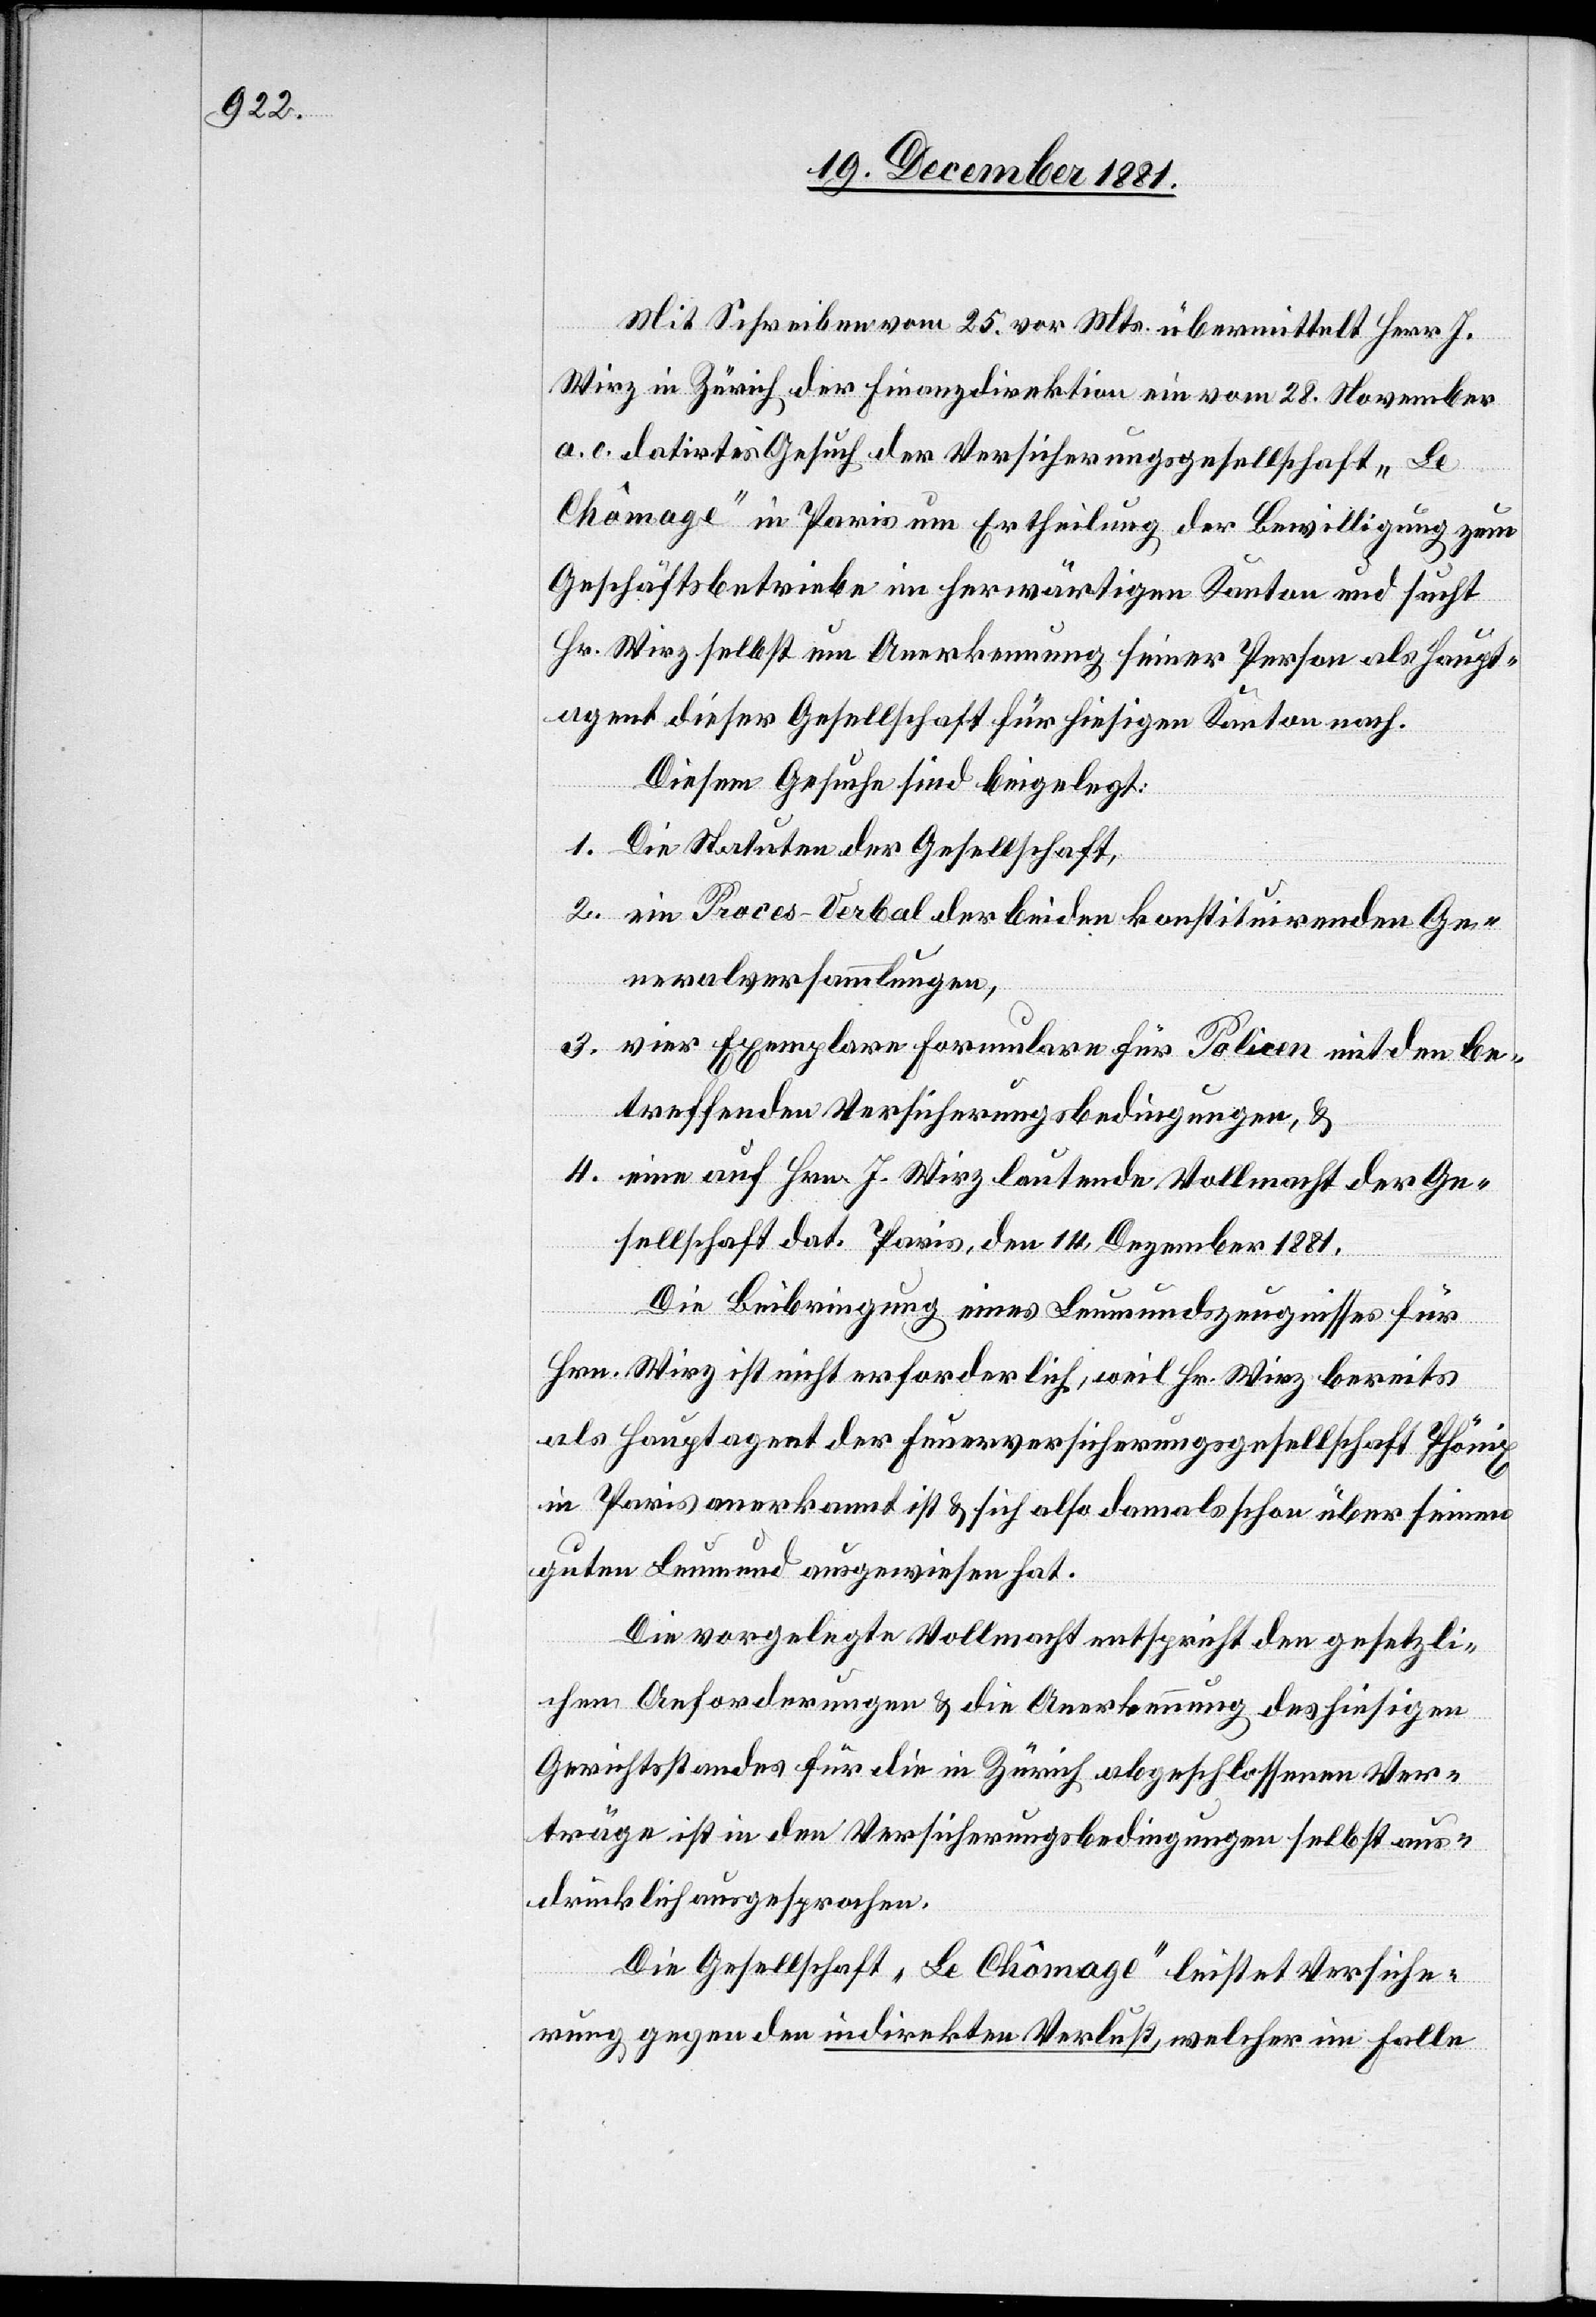
Mit Schreiben vom 25. vor. Mts. übermittelt Herr J.
Wirz in Zürich der Finanzdirektion ein vom 28. November
a. c. datirtes Gesuch der Versicherungsgesellschaft „Le
Chômage“ in Paris um Ertheilung der Bewilligung zum
Geschäftsbetriebe im herwärtigen Kanton und sucht
Hr. Wirz selbst um Anerkennung seiner Person als Haupt¬
agent dieser Gesellschaft für hiesigen Kanton nach.
Diesem Gesuche sind beigelegt:
1. Die Statuten der Gesellschaft,
2. ein Proces-Verbal der beiden konstituirenden Ge¬
neralversammlungen,
3. vier Exemplare Formulare für Policen mit den be¬
treffenden Versicherungsbedingungen, &
4. eine auf Hrn. J. Wirz lautende Vollmacht der Ge¬
sellschaft dat. Paris, den 14. Dezember 1881.
Die Beibringung eines Leumundszeugnisses für
Hrn. Wirz ist nicht erforderlich, weil Hr. Wirz bereits
als Hauptagent der Feuerversicherungsgesellschaft Phönix
in Paris anerkannt ist & sich also damals schon über seinen
guten Leumund ausgewiesen hat.
Die vorgelegte Vollmacht entspricht den gesetzli¬
chen Anforderungen & die Anerkennung des hiesigen
Gerichtsstandes für die in Zürich abgeschlossenen Ver¬
träge ist in den Versicherungsbedingungen selbst aus¬
drücklich ausgesprochen.
Die Gesellschaft „Le Chômage“ leistet Versiche¬
rung gegen den indirekten Verlust, welcher im Falle